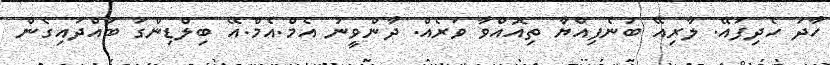
ހާދަ ހެދިފައޭ. ލާރިއޭ ބުނެފިއްޔާ ތިއޮއްވާ ވަރެއް. ދާންވީނު އެމް.އެމް.އޭ ބިލްޑިންގަ ބައްދައިގެން